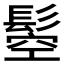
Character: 𩭴